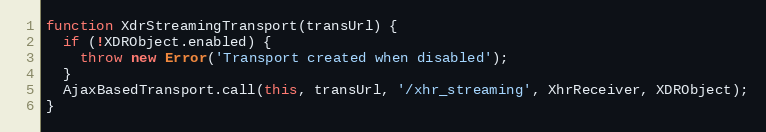
Language: JavaScript
function XdrStreamingTransport(transUrl) {
  if (!XDRObject.enabled) {
    throw new Error('Transport created when disabled');
  }
  AjaxBasedTransport.call(this, transUrl, '/xhr_streaming', XhrReceiver, XDRObject);
}